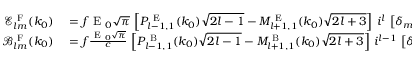
\begin{array} { r l } { \mathcal { E } _ { l m } ^ { \mathrm { ~ F ~ } } ( k _ { 0 } ) } & { { } = f \mathrm { ~ E ~ } _ { 0 } \sqrt { \pi } \, \left[ P _ { l - 1 , 1 } ^ { \mathrm { ~ E ~ } } ( k _ { 0 } ) \sqrt { 2 l - 1 } - M _ { l + 1 , 1 } ^ { \mathrm { ~ E ~ } } ( k _ { 0 } ) \sqrt { 2 l + 3 } \right] \, i ^ { l } \, \left[ \delta _ { m , 1 } - \delta _ { m , - 1 } \right] } \\ { \mathcal { B } _ { l m } ^ { \mathrm { ~ F ~ } } ( k _ { 0 } ) } & { { } = f \frac { \mathrm { ~ E ~ } _ { 0 } \sqrt { \pi } } { c } \, \left[ P _ { l - 1 , 1 } ^ { \mathrm { ~ B ~ } } ( k _ { 0 } ) \sqrt { 2 l - 1 } - M _ { l + 1 , 1 } ^ { \mathrm { ~ B ~ } } ( k _ { 0 } ) \sqrt { 2 l + 3 } \right] \, i ^ { l - 1 } \, \left[ \delta _ { m , 1 } + \delta _ { m , - 1 } \right] } \end{array}